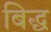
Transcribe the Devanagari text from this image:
बिद्ध